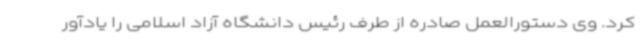
کرد. وی دستورالعمل صادره از طرف رئیس دانشگاه آزاد اسلامی را یادآور